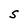
Character: S